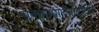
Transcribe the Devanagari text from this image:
मुक्कामाच्यादृष्टीने